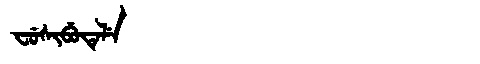
Manchu: ᠸᡠᠰᡳᠪᡠᡨᡝᠯᡝ
Romanization: FUSIBUTELE